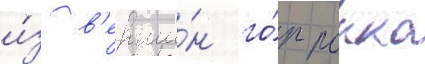
и́з в'ерши́н го́р рокко